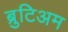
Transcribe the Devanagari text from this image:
ब्रुटिअम